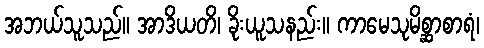
အဘယ်သူသည်။ အာဒိယတိ၊ ခိုးယူသနည်း။ ကာမေသုမိစ္ဆာစာရံ၊